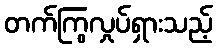
တက်ကြွလှုပ်ရှားသည့်